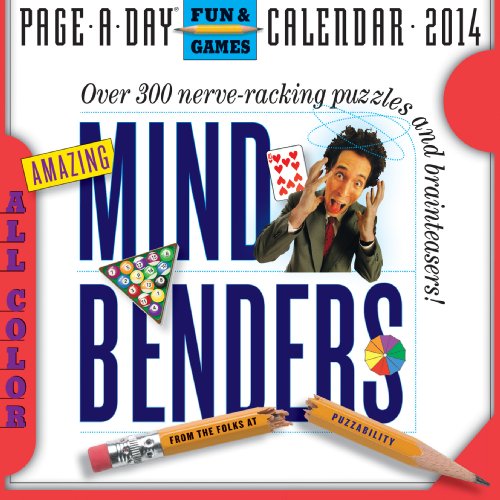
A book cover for Amazing Mind Benders 2014 Page-A-Day Calendar; Puzzability; Calendars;